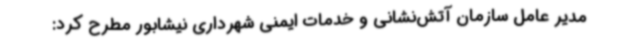
مدیر عامل سازمان آتش‌نشانی و خدمات ایمنی شهرداری نیشابور مطرح کرد: